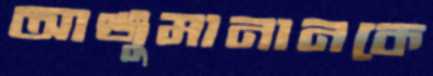
আঞ্জুমানানকে